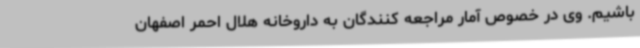
باشیم. وی در خصوص آمار مراجعه کنندگان به داروخانه هلال احمر اصفهان